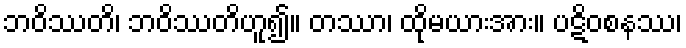
ဘဝိဿတိ၊ ဘဝိဿတိဟူ၍။ တဿာ၊ ထိုမယားအား။ ပဋိဝစနဿ၊